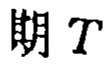
期 \(T\)